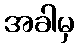
အခါမှ